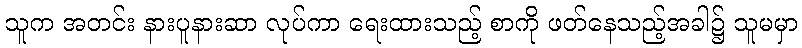
သူက အတင်း နားပူနားဆာ လုပ်ကာ ရေးထားသည့် စာကို ဖတ်နေသည့်အခါ၌ သူမမှာ